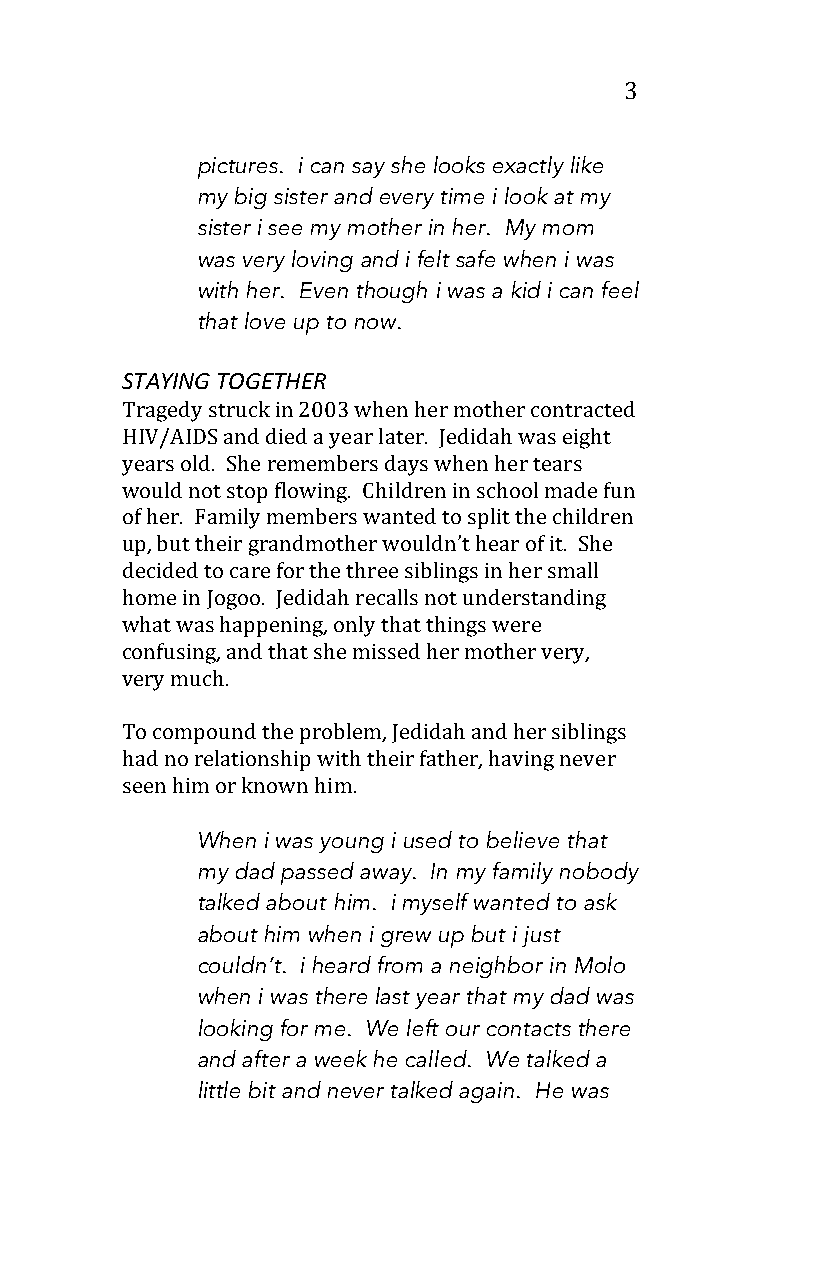
3
 pictures. i can say she looks exactly like
 my big sister and every time i look at my
 sister i see my mother in her. My mom
 was very loving and i felt safe when i was
 with her. Even though i was a kid i can feel
 that love up to now.
 STAYING TOGETHER
 Tragedy struck in 2003 when her mother contracted
 HIV/AIDS and died a year later. Jedidah was eight
 years old. She remembers days when her tears
 would not stop flowing. Children in school made fun
 of her. Family members wanted to split the children
 up, but their grandmother wouldn’t hear of it. She
 decided to care for the three siblings in her small
 home in Jogoo. Jedidah recalls not understanding
 what was happening, only that things were
 confusing, and that she missed her mother very,
 very much.
 To compound the problem, Jedidah and her siblings
 had no relationship with their father, having never
 seen him or known him.
 When i was young i used to believe that
 my dad passed away. In my family nobody
 talked about him. i myself wanted to ask
 about him when i grew up but i just
 couldn’t. i heard from a neighbor in Molo
 when i was there last year that my dad was
 looking for me. We left our contacts there
 and after a week he called. We talked a
 little bit and never talked again. He was